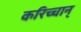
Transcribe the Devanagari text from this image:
करिच्चान्‌